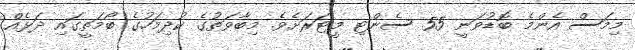
މިމަސް އެންމެ ބޮޑުވަނީ 55 ސެންޓި މީޓަރަށެވެ. މިބާވަތުގެ ކުދިމަހުގެ ބޯމަތީގައި ދަޅެއް